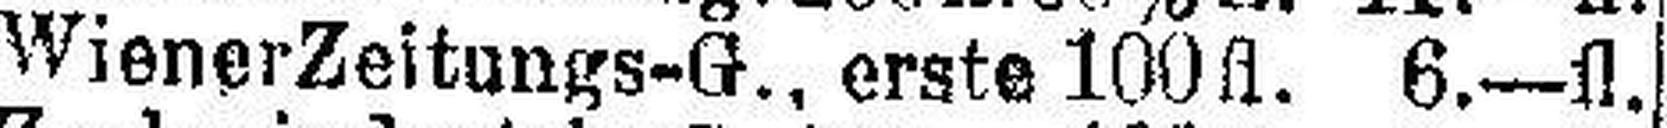
Wiener Zeitungs-G., erste 100fl. 6.—fl.